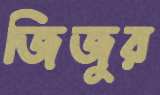
জিজুর